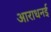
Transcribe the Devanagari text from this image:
आराधनई